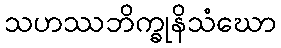
သဟဿဘိက္ခုနိသံဃော